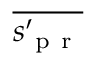
\overline { { s _ { \mathrm { ~ p ~ r ~ } } ^ { \prime } } }